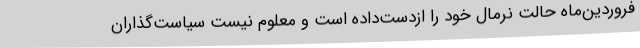
فروردین‌ماه حالت نرمال خود را ازدست‌داده است و معلوم نیست سیاست‌گذاران